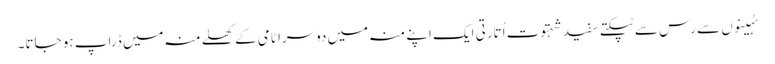
ٹہینوں سے رس سے ٹپکتے سفید شہتوت اُتارتی ایک اپنے منہ میں دوسرا ٹامی کے کھلے منہ میں ڈراپ ہو جاتا۔